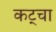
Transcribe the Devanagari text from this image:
कट्चा